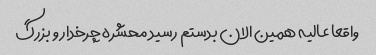
واقعا عالیه همین الان بدستم رسید محشره چرخدار و بزرگ